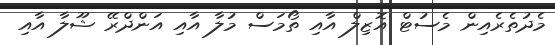
މެދުތެރެއިން މެސުޓް އޮޒިލް އާއި ތޯމަސް މުލާ އާއި އަންދްރޭ ޝޫލާ އާއި